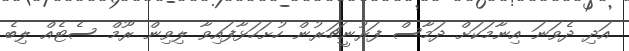
އަދި ދެވަނަ އިނާމަކަށް ދަމާސް ފަރުނީޗަރުން ހުށަހަޅާފައިވާ ލިވިން ރޫމް ސެޓެއް ލިބެ